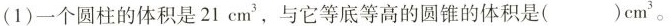
(1)一个圆柱的体积是 $$ 21cm^{3} $$ ，与它等底等高的圆锥的体积是( )$$ cm^{3} $$ 。